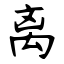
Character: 离